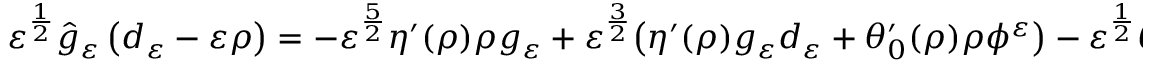
\begin{array} { r } { \varepsilon ^ { \frac { 1 } { 2 } } \hat { g } _ { \ensuremath { \varepsilon } } \left( d _ { \varepsilon } - \ensuremath { \varepsilon } \rho \right) = - \varepsilon ^ { \frac { 5 } { 2 } } \eta ^ { \prime } ( \rho ) \rho g _ { \ensuremath { \varepsilon } } + \varepsilon ^ { \frac { 3 } { 2 } } \big ( \eta ^ { \prime } ( \rho ) g _ { \ensuremath { \varepsilon } } d _ { \varepsilon } + \theta _ { 0 } ^ { \prime } ( \rho ) \rho \phi ^ { \varepsilon } \big ) - \varepsilon ^ { \frac { 1 } { 2 } } \theta _ { 0 } ^ { \prime } ( \rho ) \hat { \phi } ^ { \varepsilon } d _ { \varepsilon } . } \end{array}